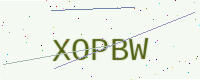
Text: XOPBW